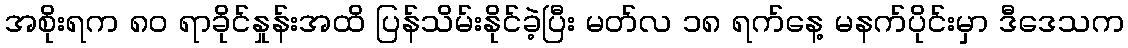
အစိုးရက ၈၀ ရာခိုင်နှုန်းအထိ ပြန်သိမ်းနိုင်ခဲ့ပြီး မတ်လ ၁၈ ရက်နေ့ မနက်ပိုင်းမှာ ဒီဒေသက